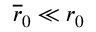
\overline { { r } } _ { 0 } \ll r _ { 0 }